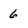
Character: 6